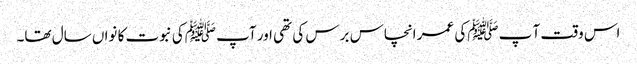
اس وقت آ پ ﷺکی عمر انچاس برس کی تھی اور آپ ﷺکی نبوت کا نواں سال تھا۔